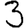
Digit: 3